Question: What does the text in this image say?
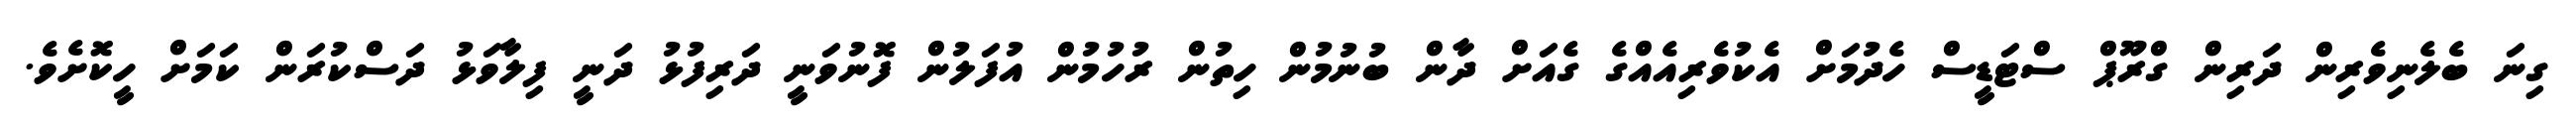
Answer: ގިނަ ބެލެނިވެރިން ދަރިން ގްރޫޕް ސްޓަޑީސް ހެދުމަށް އެކުވެރިއެއްގެ ގެއަށް ދާން ބުނުމުން ހިތުން ރުހުމުން އުފަލުން ފޮނުވަނީ ދަރިފުޅު ދަނީ ފިލާވަޅު ދަސްކުރަން ކަމަށް ހީކޮށެވެ.